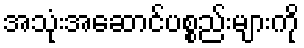
အသုံးအဆောင်ပစ္စည်းများကို